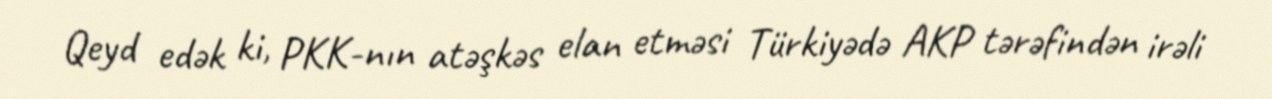
Qeyd edək ki, PKK-nın atəşkəs elan etməsi Türkiyədə AKP tərəfindən irəli